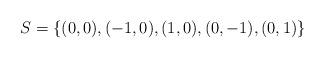
LaTeX: \begin{align*}S = \{(0,0),(-1,0),(1,0),(0,-1),(0,1)\}\end{align*}